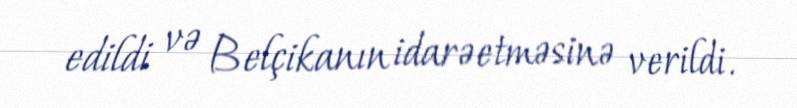
edildi və Belçikanın idarəetməsinə verildi.